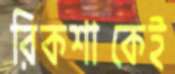
রিকশাকেই